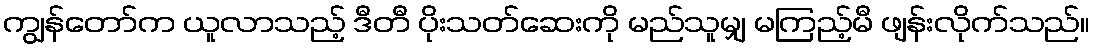
ကျွန်တော်က ယူလာသည့် ဒီတီ ပိုးသတ်ဆေးကို မည်သူမျှ မကြည့်မီ ဖျန်းလိုက်သည်။